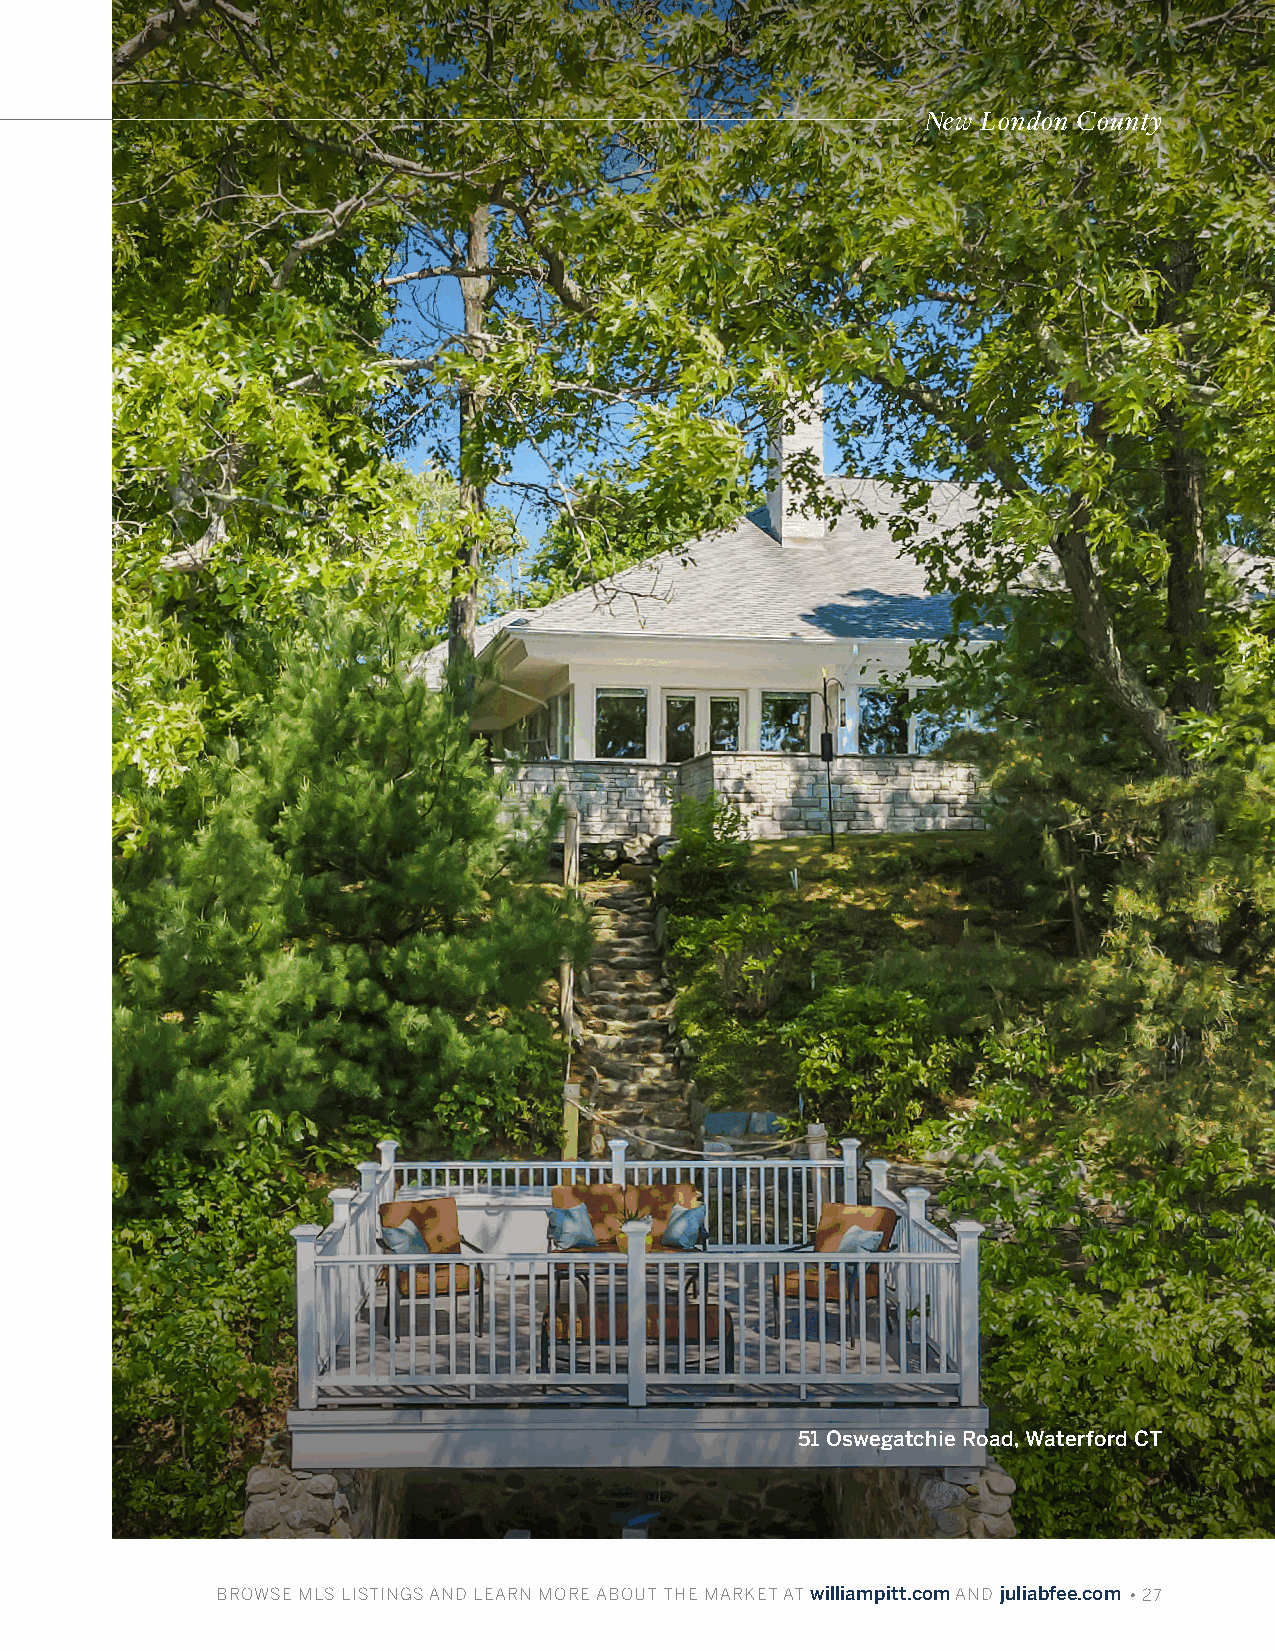
New London County
 51 Oswegatchie Road, Waterford CT
 BBRROOWWSSEE MMLLSS LLIISSTTIINNGGSS AANNDD LLEEAARRNN MMOORREE AABBOOUUTT TTHHEE MMAARRKKEETT AATT wwiilllliiaammppiitttt..ccoomm AANNDD jjuulliiaabbffeeee..ccoomm • 27